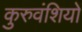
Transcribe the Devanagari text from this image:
कुरुवंशियों